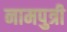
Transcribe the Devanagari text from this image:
नामपुत्री